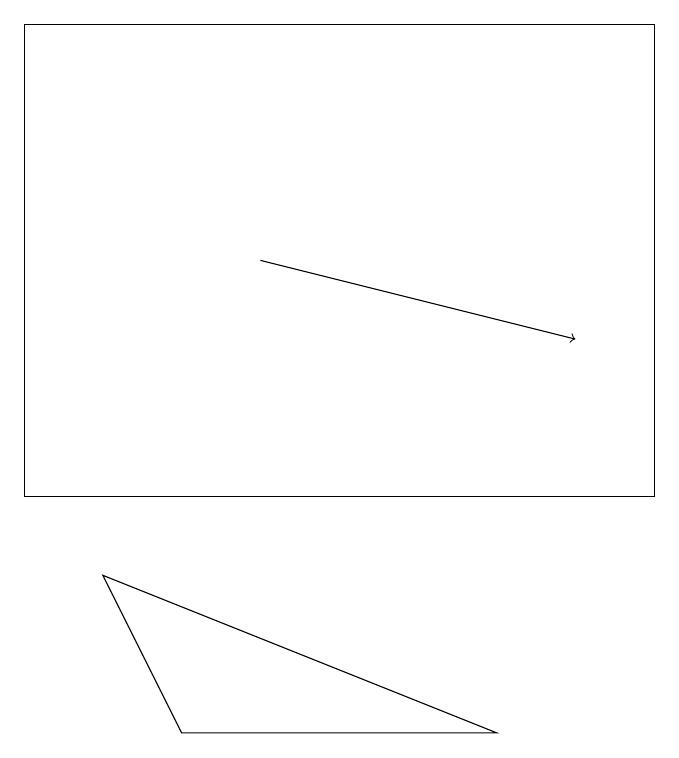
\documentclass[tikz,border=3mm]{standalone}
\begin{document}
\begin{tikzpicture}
\draw (0,16) rectangle (8,10);
\draw[->] (3,13) -- (7,12);
\draw (6,7) -- (2,7) -- (1,9) -- cycle;
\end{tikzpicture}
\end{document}